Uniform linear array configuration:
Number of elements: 16
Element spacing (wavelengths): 0.25
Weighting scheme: uniform
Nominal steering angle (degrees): -30
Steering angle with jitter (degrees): -28.066
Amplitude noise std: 0.05
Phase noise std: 0.05

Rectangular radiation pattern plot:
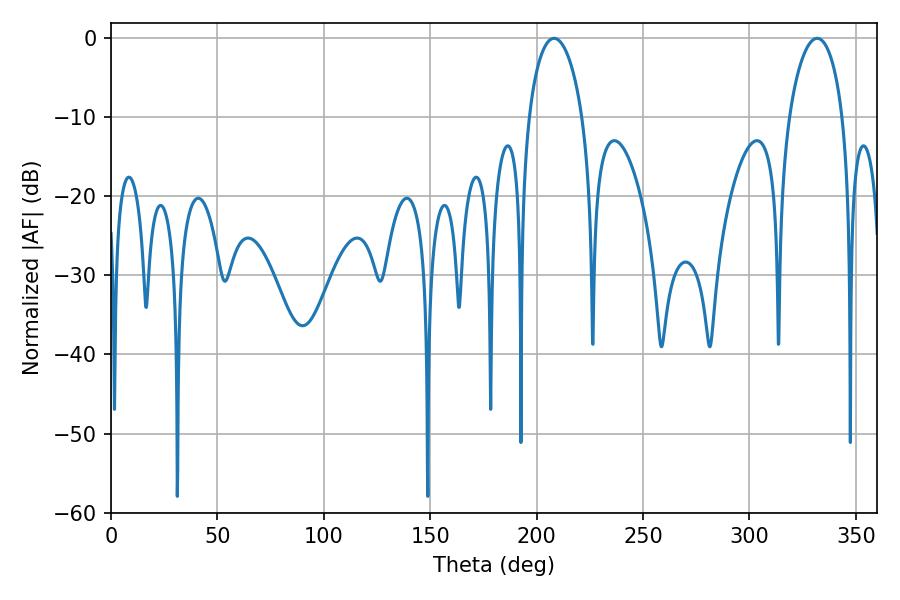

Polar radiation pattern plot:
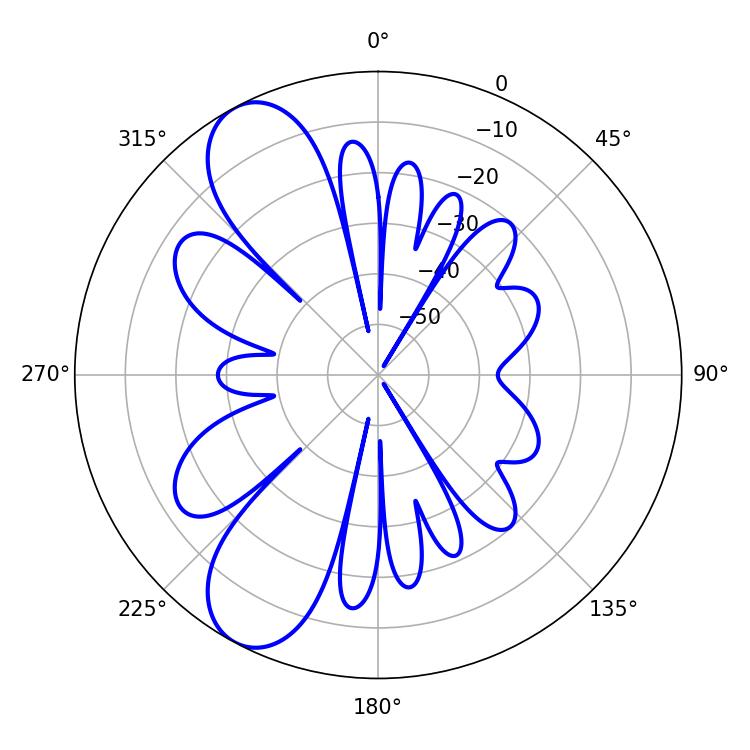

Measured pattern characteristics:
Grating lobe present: FALSE
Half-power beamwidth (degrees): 14.4
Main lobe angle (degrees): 208.26